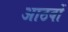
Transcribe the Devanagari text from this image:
आठवों